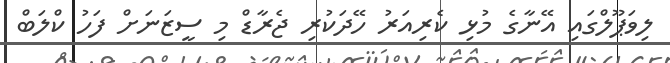
ލިވަޕޫލްގައި އޭނާގެ މުޅި ކެރިއަރު ހޭދަކުރި ޖެރާޑް މި ސީޒަނަށް ފަހު ކްލަބް